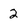
Character: 2